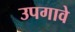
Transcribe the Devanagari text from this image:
उपगावे